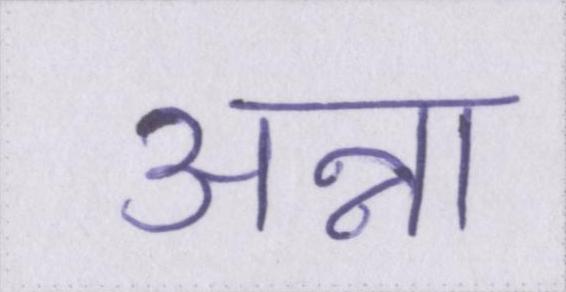
अन्ना